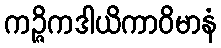
ကဉ္ဇိကဒါယိကာဝိမာနံ